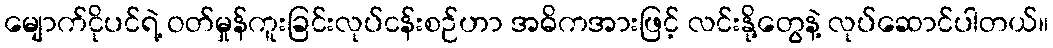
မျောက်ငိုပင်ရဲ့ ဝတ်မှုန်ကူးခြင်းလုပ်ငန်းစဉ်ဟာ အဓိကအားဖြင့် လင်းနို့တွေနဲ့ လုပ်ဆောင်ပါတယ်။